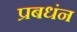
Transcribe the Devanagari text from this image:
प्रबधंन